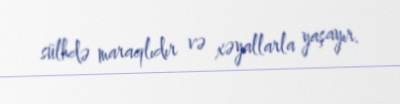
sülhdə maraqlıdır və xəyallarla yaşayır.